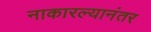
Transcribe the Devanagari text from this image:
नाकारल्यानंतर